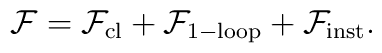
\mathcal{F} = {\mathcal{F}}_{\mathrm{cl}}+{\mathcal{F}}_{\mathrm{1-loop}}+{\mathcal{F}}_{\mathrm{inst}}.